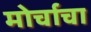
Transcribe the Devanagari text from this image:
मोर्चाचा